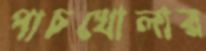
পাচখোলার